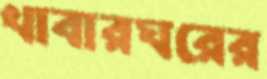
খাবারঘরের